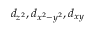
d _ { z ^ { 2 } } , d _ { x ^ { 2 } - y ^ { 2 } } , d _ { x y }